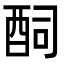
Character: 䣳